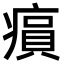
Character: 𤸫